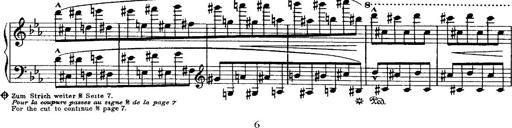
Title: Grande valse di bravura
Composer: Franz Liszt